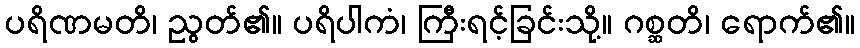
ပရိဏမတိ၊ ညွတ်၏။ ပရိပါကံ၊ ကြီးရင့်ခြင်းသို့။ ဂစ္ဆတိ၊ ရောက်၏။